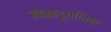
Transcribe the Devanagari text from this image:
खेळाडूगणिक